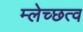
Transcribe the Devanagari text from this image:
म्लेच्छत्व